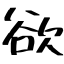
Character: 欲